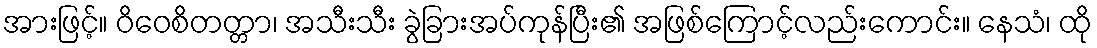
အားဖြင့်။ ဝိဝေစိတတ္တာ၊ အသီးသီး ခွဲခြားအပ်ကုန်ပြီး၏ အဖြစ်ကြောင့်လည်းကောင်း။ နေသံ၊ ထို